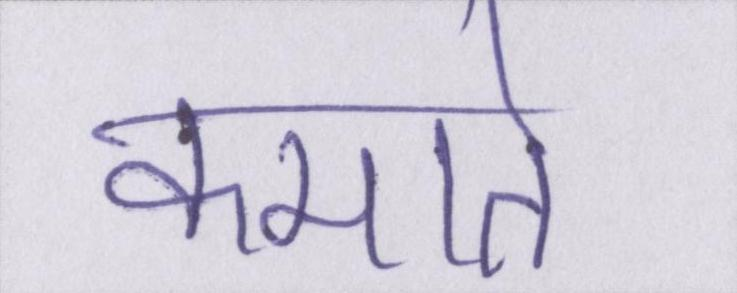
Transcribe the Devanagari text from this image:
कमाते